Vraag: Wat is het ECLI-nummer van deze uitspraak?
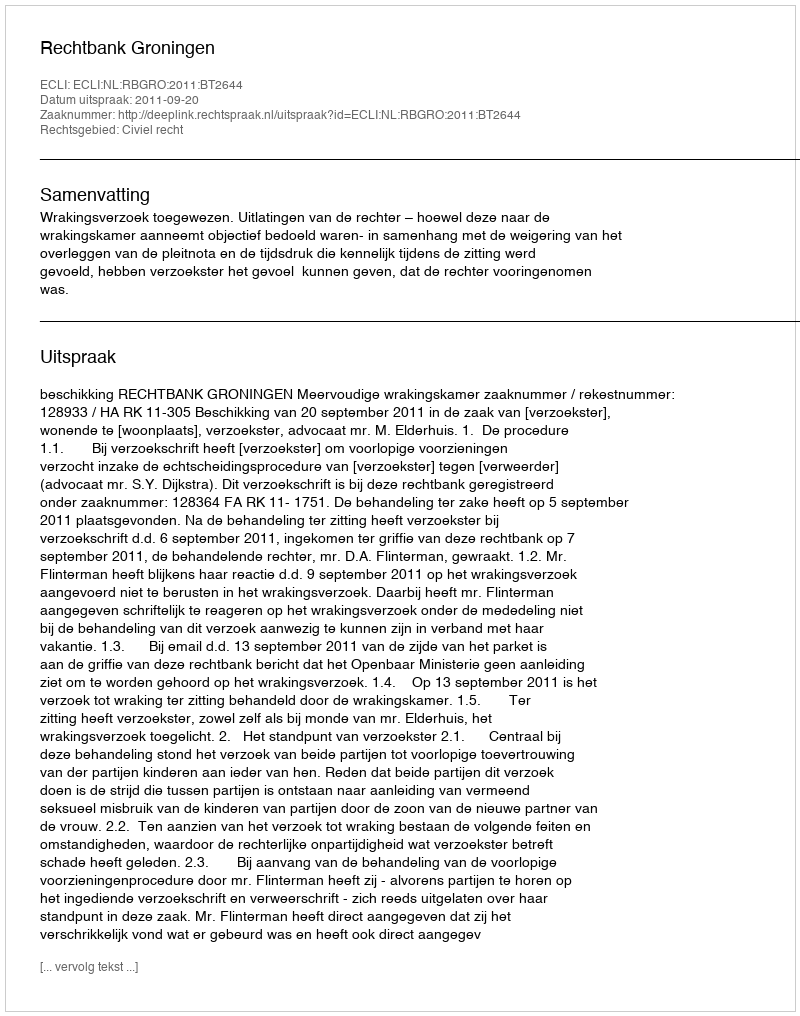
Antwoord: ECLI:NL:RBGRO:2011:BT2644